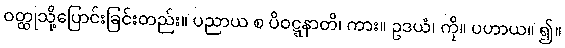
ဝတ္ထုသို့ပြောင်းခြင်းတည်း။ ပညာယ စ ပိဝဋ္ဋနာတိ၊ ကား။ ဥဒယံ၊ ကို။ ပဟာယ။ ၍။